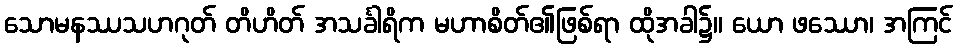
သောမနဿသဟဂုတ် တိဟိတ် အသင်္ခါရိက မဟာစိတ်၏ဖြစ်ရာ ထိုအခါ၌။ ယော ဖဿော၊ အကြင်